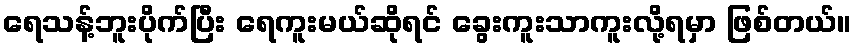
ရေသန့်ဘူးပိုက်ပြီး ရေကူးမယ်ဆိုရင် ခွေးကူးသာကူးလို့ရမှာ ဖြစ်တယ်။